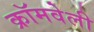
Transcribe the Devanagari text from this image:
क्रॉमवेली